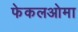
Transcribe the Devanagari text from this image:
फेकलओमा